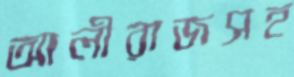
আলীরাজসহ